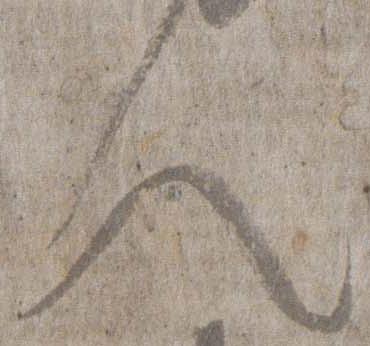
人